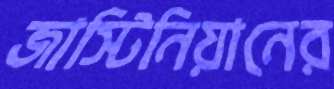
জাস্টিনিয়ানের